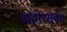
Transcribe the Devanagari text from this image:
महोत्सवं॥